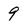
Character: 9